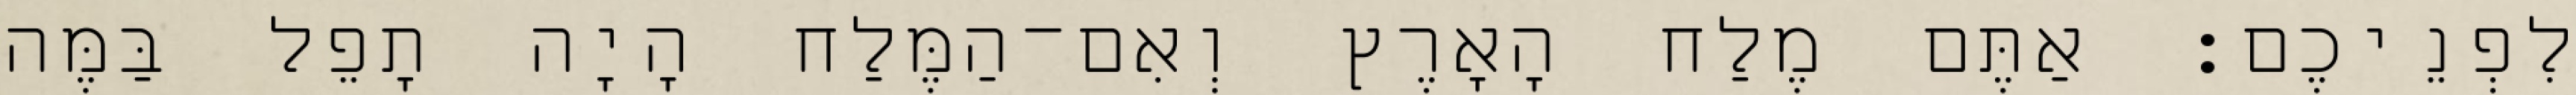
לִפְנֵיכֶם׃ אַתֶּם מֶלַח הָאָרֶץ וְאִם־הַמֶּלַח הָיָה תָפֵל בַּמֶּה